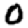
Digit: 0